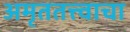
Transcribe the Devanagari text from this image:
अमृततत्त्वाचा